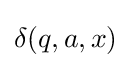
\delta (q,a,x)